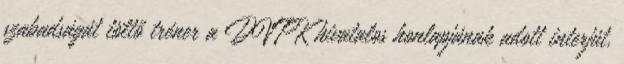
szabadságát töltő tréner a DVTK hivatalos honlapjának adott interjút,